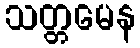
သတ္တမေန